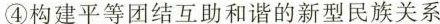
④构建平等团结互助和谐的新型民族关系